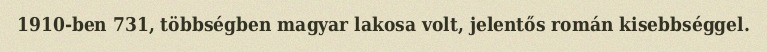
1910-ben 731, többségben magyar lakosa volt, jelentős román kisebbséggel.